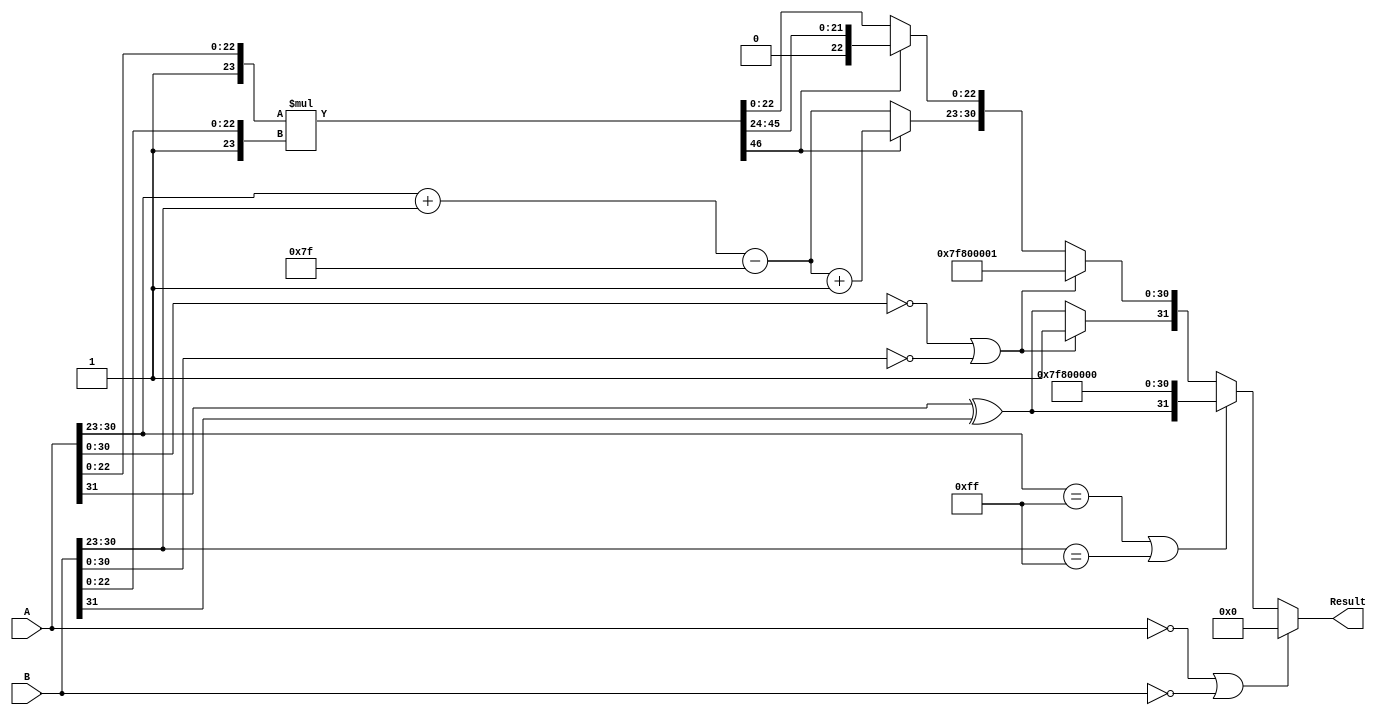
module fp_multiplier (
    input [31:0] A, // First floating-point operand
    input [31:0] B, // Second floating-point operand
    output reg [31:0] Result // Product of A and B
);

    // Constants
    parameter BIAS = 8'd127;
    parameter EXPONENT_BITS = 8;
    parameter MANTISSA_BITS = 23;

    // Extract components
    wire signA = A[31];
    wire signB = B[31];
    wire [EXPONENT_BITS-1:0] expA = A[30:23];
    wire [EXPONENT_BITS-1:0] expB = B[30:23];
    wire [MANTISSA_BITS:0] mantA = {1'b1, A[22:0]}; // Implicit leading 1
    wire [MANTISSA_BITS:0] mantB = {1'b1, B[22:0]}; // Implicit leading 1

    wire [EXPONENT_BITS-1:0] expResult;
    wire [MANTISSA_BITS*2:0] mantResult; // Size for multiplication result
    wire signResult;

    // Intermediate calculations
    wire [7:0] expSum = expA + expB - BIAS; // Sum of exponents
    wire mantOverflow;
    
    assign mantResult = mantA * mantB; // Mantissa multiplication
    assign mantOverflow = mantResult[MANTISSA_BITS*2]; // Check for overflow

    // Determine sign of the result
    assign signResult = signA ^ signB;

    // Determine resulting exponent
    always @(*) begin
        if (A == 32'b0 || B == 32'b0) begin
            // Zero case
            Result = 32'b0;
        end else if (expA == 8'b11111111 || expB == 8'b11111111) begin
            // Infinity case
            Result = {signResult, 8'b11111111, 23'b0};
        end else if (A[30:0] == 32'b0 || B[30:0] == 32'b0) begin
            // NaN case (if either input is NaN)
            Result = {1'b1, 8'b11111111, 23'b1}; // Example NaN representation
        end else begin
            // Normal case
            Result[31] = signResult; // Sign bit
            if (mantOverflow) begin
                // Normalize the result by shifting mantissa right
                Result[30:23] = expSum + 1'b1; // Adjust exponent
                Result[22:0] = mantResult[MANTISSA_BITS*2-1:MANTISSA_BITS+1]; // Shifted mantissa
            end else begin
                // No normalization required
                Result[30:23] = expSum; // Result exponent
                Result[22:0] = mantResult[MANTISSA_BITS-1:0]; // Result mantissa
            end
        end
    end

endmodule